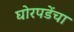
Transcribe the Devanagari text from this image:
घोरपडेंचा